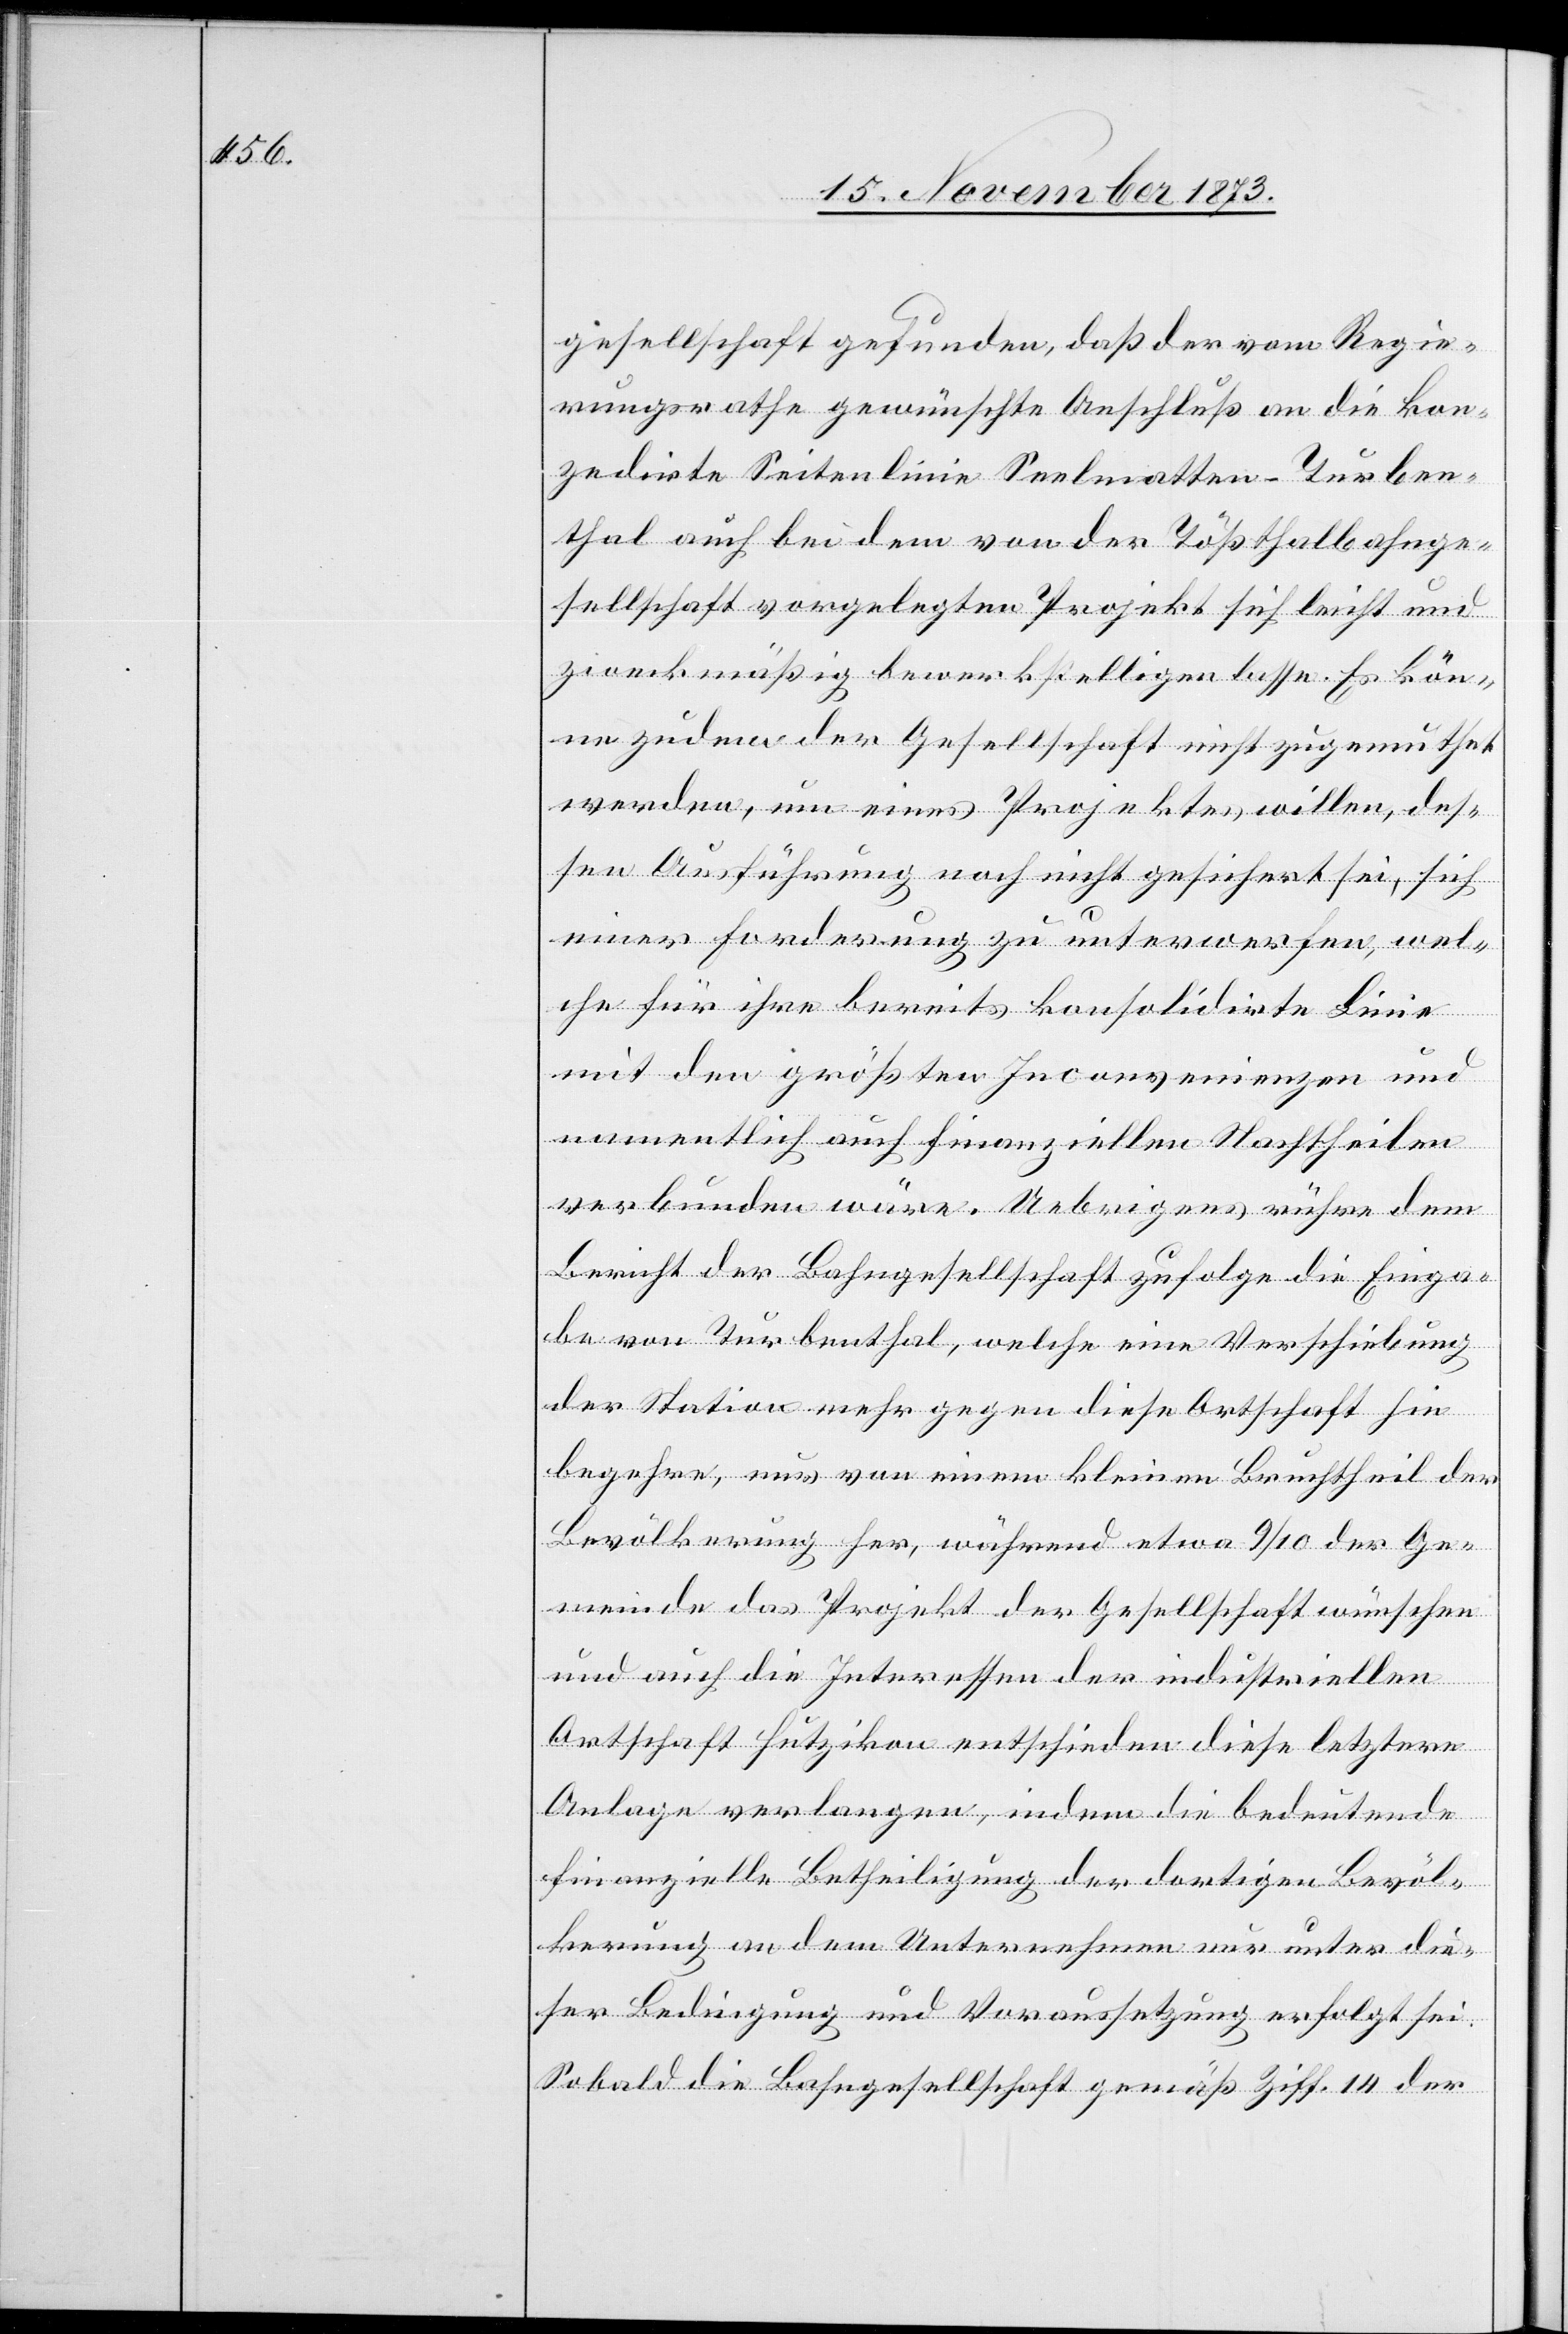
gesellschaft gefunden, daß der vom Regie¬
rungsrathe gewünschte Anschluß an die kon¬
zedirte Seitenlinie Seelmatten - Turben¬
thal auch bei dem von der Tößthalbahnge¬
sellschaft vorgelegten Projekt sich leicht und
zweckmäßig bewerkstelligen lasse. Es kön¬
ne zudem der Gesellschaft nicht zugemuthet
werden, um eines Projektes willen, des¬
sen Ausführung noch nicht gesichert sei, sich
einer Forderung zu unterwerfen, wel¬
che für ihre bereits konsolidirte Linie
mit den größten Inconvenienzen und
namentlich auch finanziellen Nachtheilen
verbunden wäre. Uebrigens rühre dem
Bericht der Bahngesellschaft zufolge die Einga¬
be von Turbenthal, welche eine Verschiebung
der Station mehr gegen diese Ortschaft hin
begehre, nur von einem kleinen Bruchtheil der
Bevölkerung her, während etwa 9/10 der Ge¬
meinde das Projekt der Gesellschaft wünschen
und auch die Interessen der industriellen
Ortschaft Hutzikon entschieden diese letztere
Anlage verlangen, indem die bedeutende
finanzielle Betheiligung der dortigen Bevöl¬
kerung an dem Unternehmen nur unter die¬
ser Bedingung und Voraussetzung erfolgt sei.
Sobald die Bahngesellschaft gemäß Ziff. 14 der